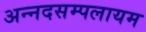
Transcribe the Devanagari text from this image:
अन्नदसम्पलायम